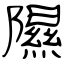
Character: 隰